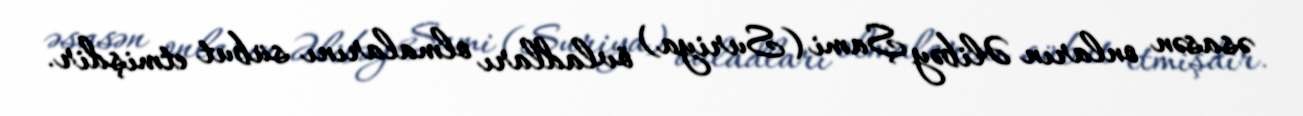
əsasən onların Əlibəy Şami (Suriya) övladları olmalarını sübut etmişdir.